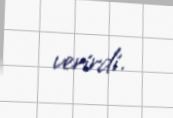
verirdi.